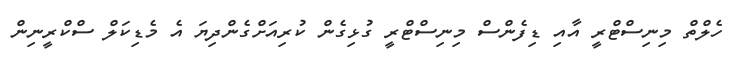
ހެލްތް މިނިސްޓްރީ އާއި ޑިފެންސް މިނިސްޓްރީ ގުޅިގެން ކުރިއަށްގެންދިޔަ އެ މެޑިކަލް ސްކްރީނިން